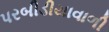
પરબીડીયાવાળી